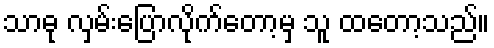
သာဓု လှမ်းပြောလိုက်တော့မှ သူ ထတော့သည်။